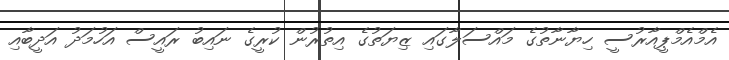
އެމްއެމްޕީއާރުސީ ހިޔާނާތުގެ މައްސަލާގައި ޒިޔަތުގެ އިތުރުން ކުރީގެ ނައިބު ރައީސް އަހުމަދު އަދީބާއި